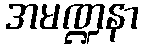
အမဏ္ဍနာ